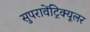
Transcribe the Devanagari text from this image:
सुपरावेंट्रिक्यूलर